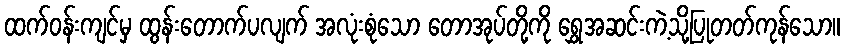
ထက်ဝန်းကျင်မှ ထွန်းတောက်ပလျက် အလုံးစုံသော တောအုပ်တို့ကို ရွှေအဆင်းကဲ့သို့ပြုတတ်ကုန်သော။